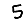
Digit: 5